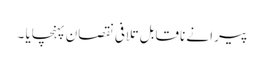
پیرا نے ناقابل تلافی نقصان پہنچایا ۔